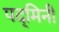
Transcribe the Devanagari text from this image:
पद्‌मिनी